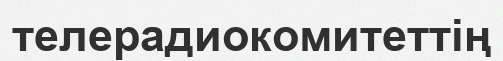
телерадиокомитеттің